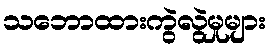
သဘောထားကွဲလွဲမှုများ